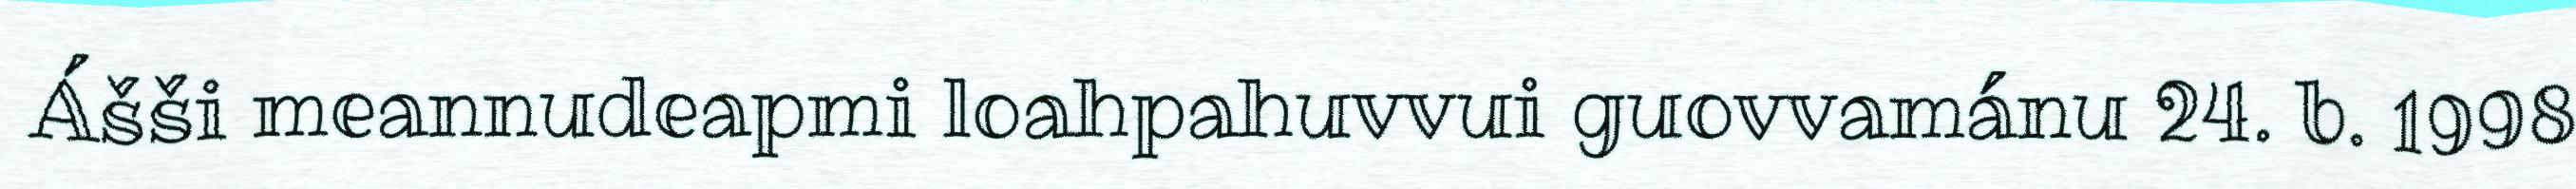
Ášši meannudeapmi loahpahuvvui guovvamánu 24. b. 1998